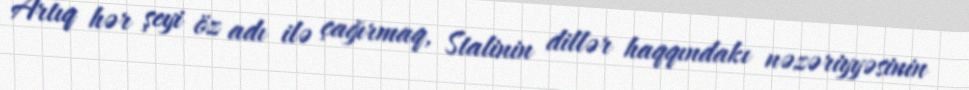
Artıq hər şeyi öz adı ilə çağırmaq, Stalinin dillər haqqındakı nəzəriyyəsinin